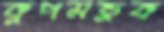
কুপমন্ডুক